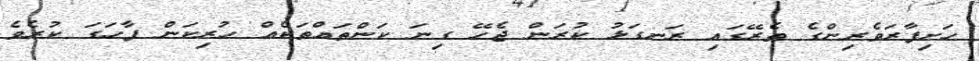
ހަށިފާރަވެރިންގެ ތެރޭގައި ރަނގަޅު ކުރަން ޖެހޭ ގިނަ ކަންތައްތަކެއް ހުރިކަން ފާހަގަ ކުރެވެ